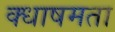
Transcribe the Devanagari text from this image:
क्धाषमता